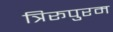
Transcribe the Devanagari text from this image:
त्रिरूपुरम